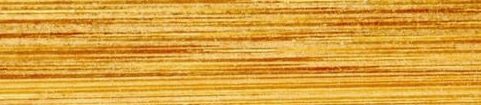
Public Restroom